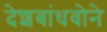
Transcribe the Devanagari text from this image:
देशबांधवोने